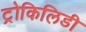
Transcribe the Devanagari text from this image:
ट्रोकिलिडी